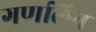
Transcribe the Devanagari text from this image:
गणलित